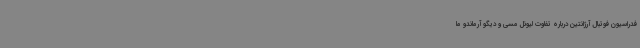
فدراسیون فوتبال آرژانتین درباره تفاوت لیونل مسی و دیگو آرماندو ما